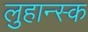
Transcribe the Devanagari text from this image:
लुहान्स्क